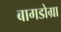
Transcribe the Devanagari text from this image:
बागडोग्रा